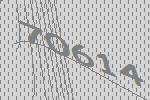
70614